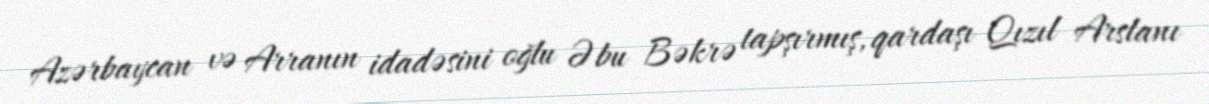
Azərbaycan və Arranın idadəsini oğlu Əbu Bəkrə tapşırmış, qardaşı Qızıl Arslanı